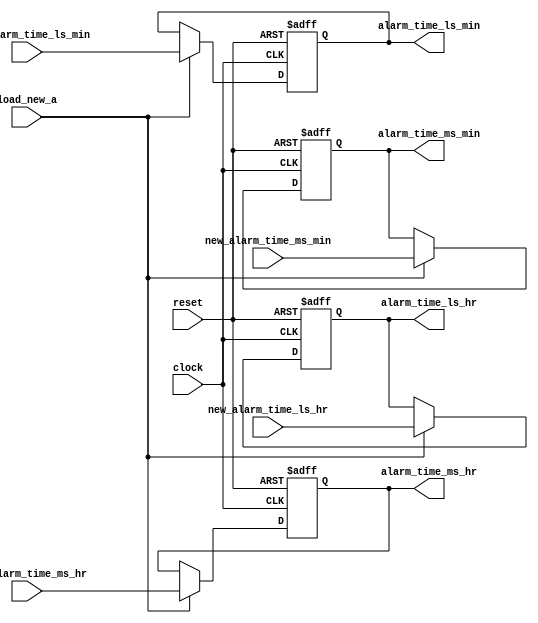
module alarm_register (clock,
                       reset,
                       load_new_a,
                       new_alarm_time_ms_hr,
                       new_alarm_time_ls_hr,
                       new_alarm_time_ms_min,
                       new_alarm_time_ls_min,
                       alarm_time_ms_hr,
                       alarm_time_ls_hr,
                       alarm_time_ms_min,
                       alarm_time_ls_min);
    
    input clock, reset, load_new_a;
    input [3:0] new_alarm_time_ms_hr,
                new_alarm_time_ls_hr,
                new_alarm_time_ms_min,
                new_alarm_time_ls_min;

    output reg [3:0] alarm_time_ms_hr,
                     alarm_time_ls_hr,
                     alarm_time_ms_min,
                     alarm_time_ls_min;

    always @(posedge clock or posedge reset)
        begin
            if (reset)
                begin
                    alarm_time_ms_hr  <= 4'd0;
                    alarm_time_ls_hr  <= 4'd0;
                    alarm_time_ms_min <= 4'd0;
                    alarm_time_ls_min <= 4'd0;
                end 
            else if (load_new_a)
                begin
                    alarm_time_ms_hr  <= new_alarm_time_ms_hr;
                    alarm_time_ls_hr  <= new_alarm_time_ls_hr;
                    alarm_time_ms_min <= new_alarm_time_ms_min;
                    alarm_time_ls_min <= new_alarm_time_ls_min;
                end
            else 
                begin
                    alarm_time_ms_hr  <= alarm_time_ms_hr;
                    alarm_time_ls_hr  <= alarm_time_ls_hr;
                    alarm_time_ms_min <= alarm_time_ms_min;
                    alarm_time_ls_min <= alarm_time_ls_min;
                end
        end

endmodule